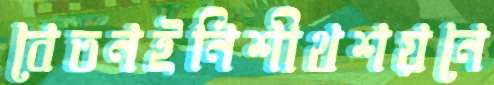
বেতনইনিশীথশয়নে